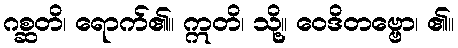
ဂစ္ဆတိ၊ ရောက်၏။ ဣတိ၊ သို့။ ဝေဒိတဗ္ဗော၊ ၏။